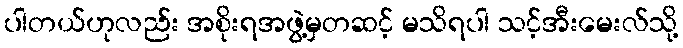
ပါတယ်ဟုလည်း အစိုးရအဖွဲ့မှတဆင့် မသိရပါ သင့်အီးမေးလ်သို့